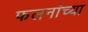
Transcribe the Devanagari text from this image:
फलनांच्या